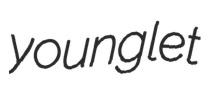
younglet